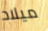
ميلاد